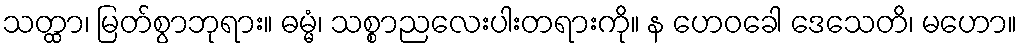
သတ္ထာ၊ မြတ်စွာဘုရား။ ဓမ္မံ၊ သစ္စာညလေးပါးတရားကို။ န ဟေဝခေါ ဒေသေတိ၊ မဟော။